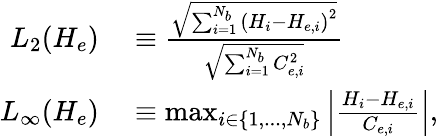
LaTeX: \begin{array}{rl}{L_{2}(H_{e})}&{{}\equiv\frac{\sqrt{\sum_{i=1}^{N_{b}}\left(H_{i}-H_{e,i}\right)^{2}}}{\sqrt{\sum_{i=1}^{N_{b}}C_{e,i}^{2}}}}\\ {L_{\infty}(H_{e})}&{{}\equiv\operatorname*{max}_{i\in\{ 1,...,N_{b}\} }\left|\frac{H_{i}-H_{e,i}}{C_{e,i}}\right|,}\end{array}